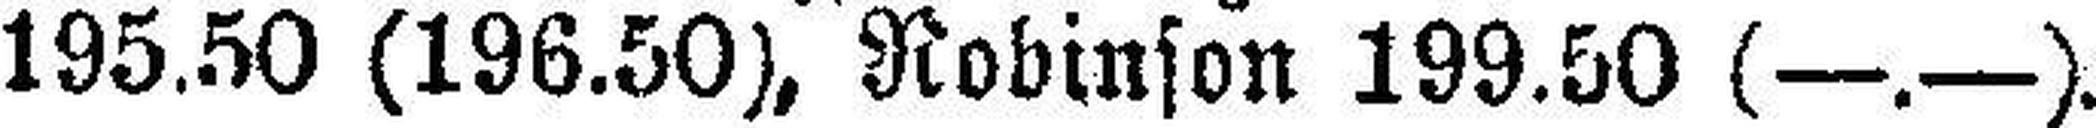
195.50 (196.50), Robinson 199.50 (—.—).